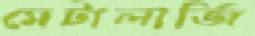
মেটালার্জি